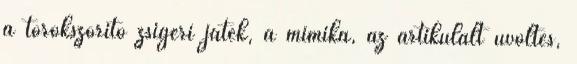
a torokszorító zsigeri játék, a mimika, az artikulált üvöltés,